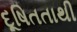
દૂષિતતાથી